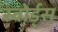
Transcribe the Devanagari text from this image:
स्वोर्ड्स